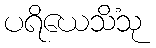
ပရိယေသိံသု